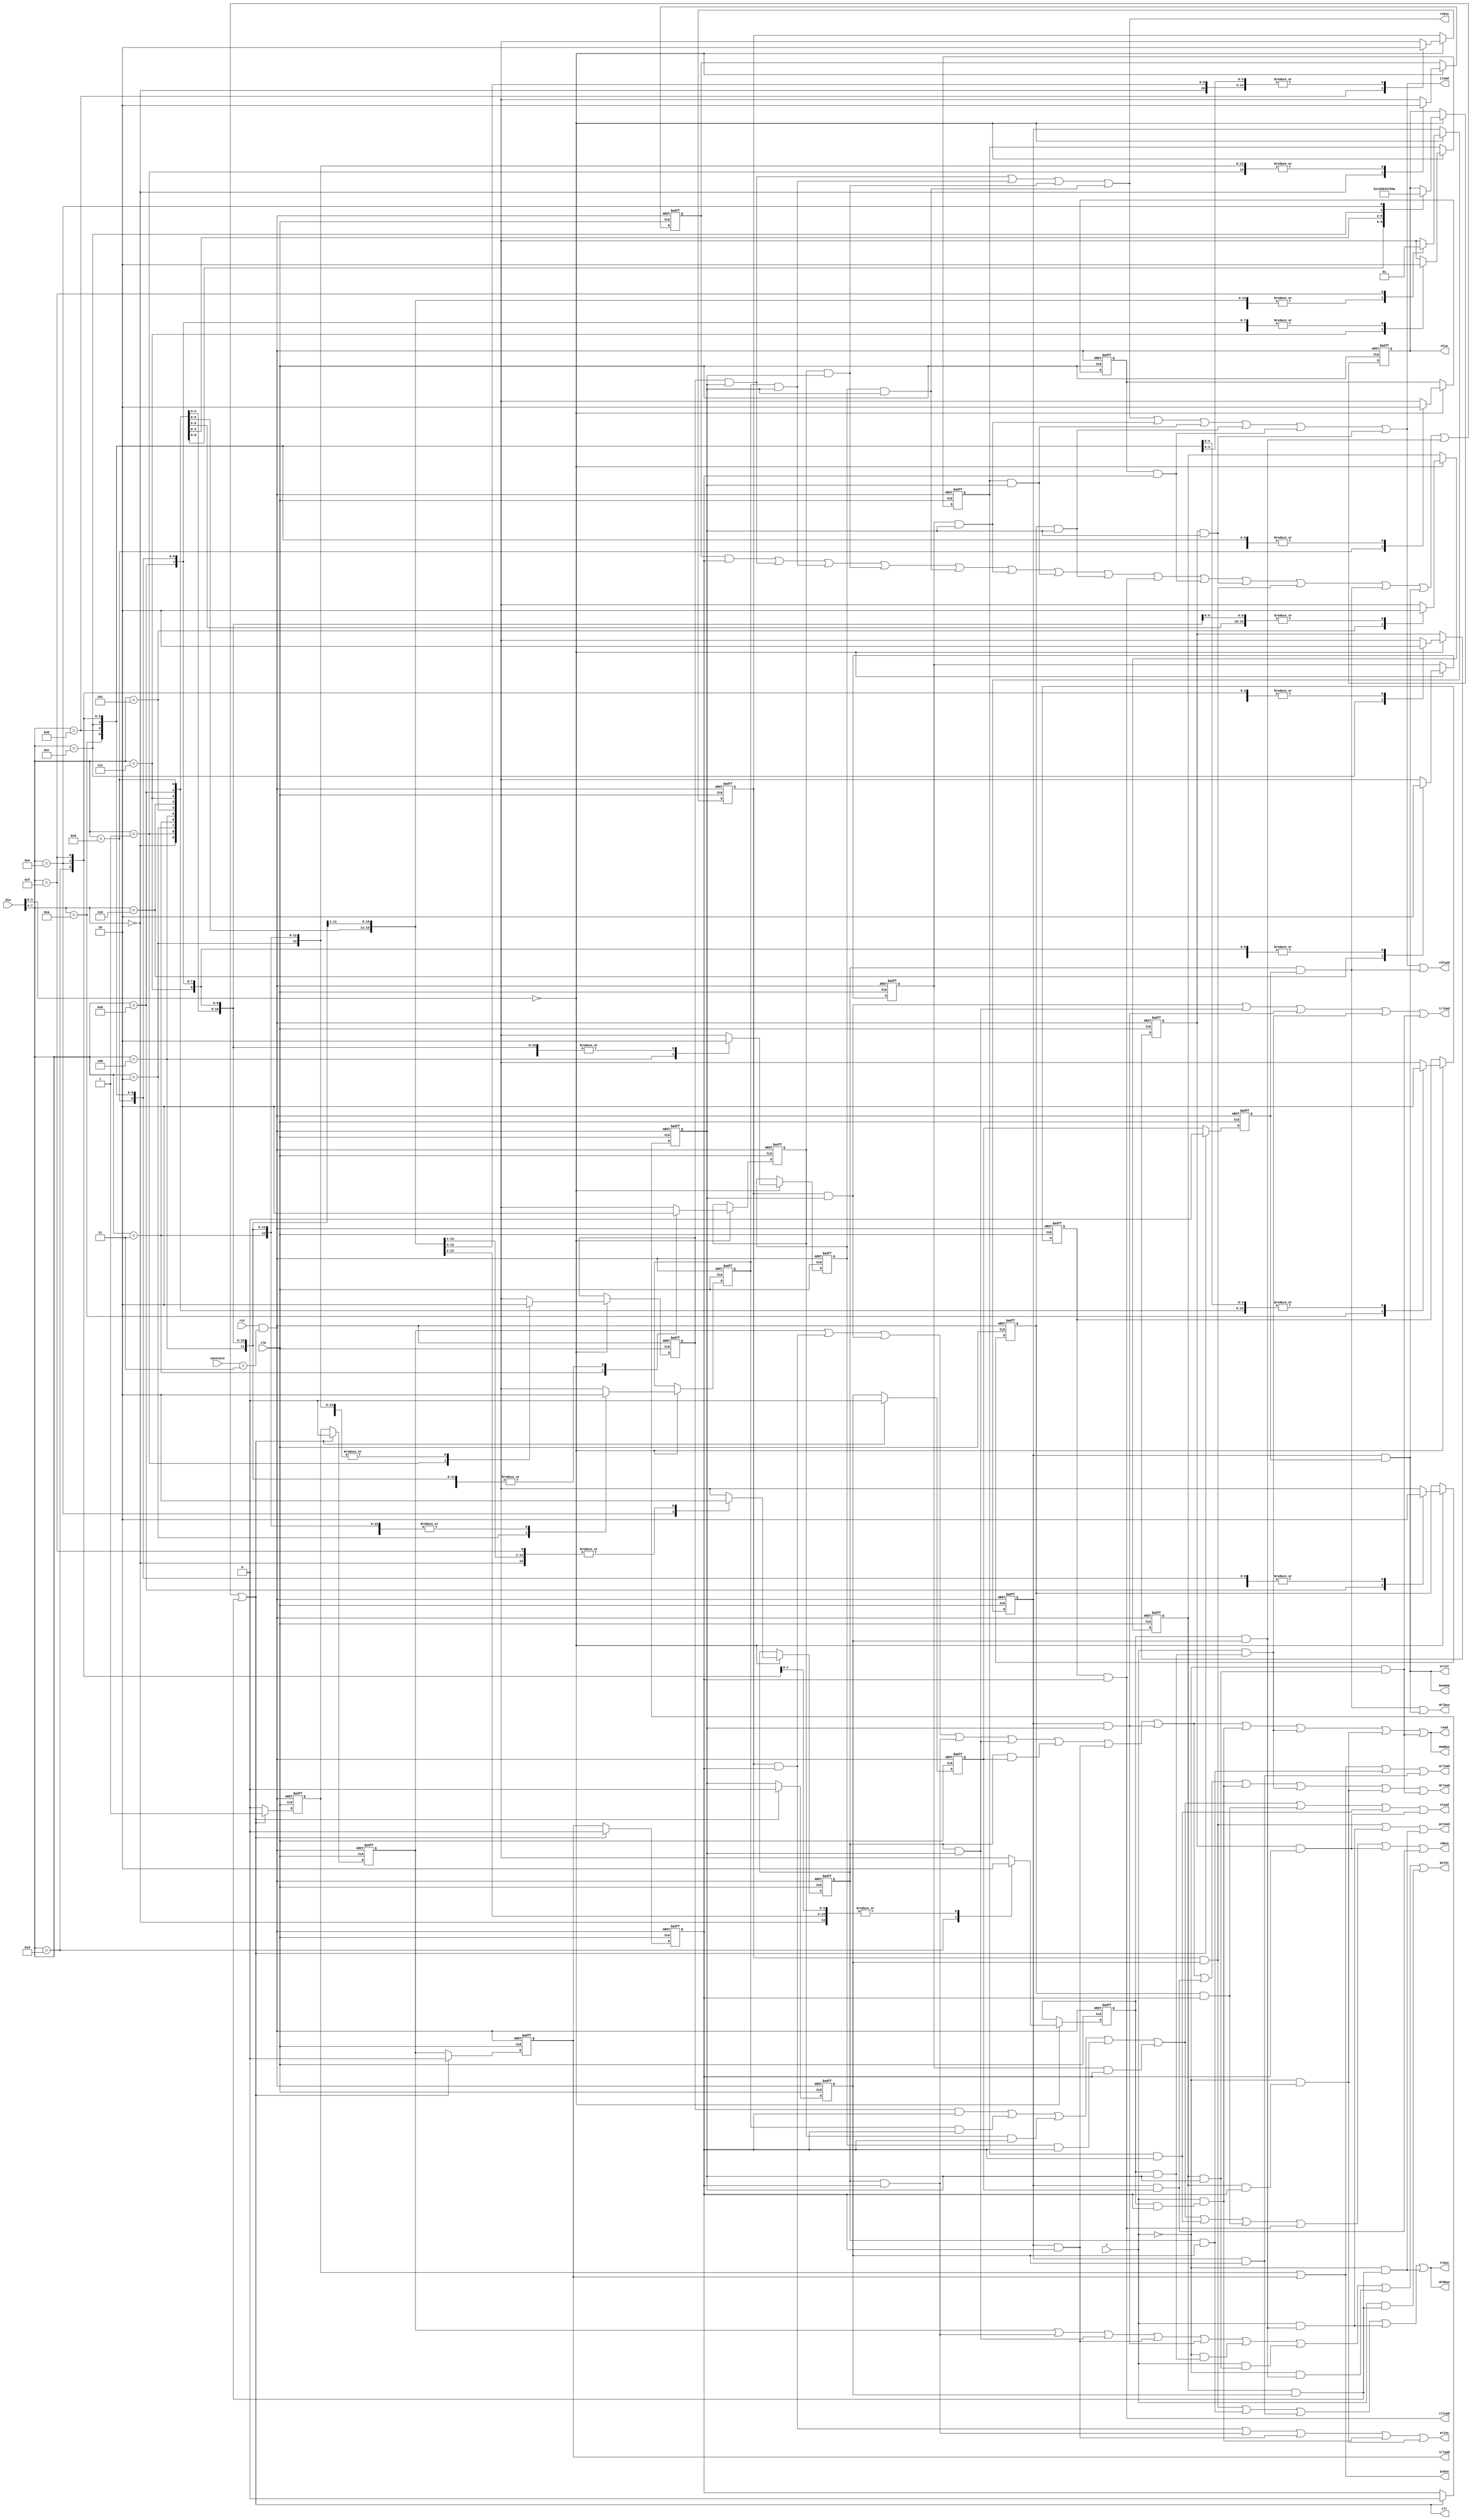
/**/
/*

       din8IR
       clk1
       rst1cpustatereset
       cpustateCPUINCHECKRUN2
       z1z

      clr
     
*/
//zz
module control(din,clk,rst,z,cpustate, 
read, write, arload, arinc, pcinc, pcload, drload, trload, irload, r1load, 
alus, r0load, xload, zload, pcbus, drhbus, drlbus, trbus, r1bus, r0bus, membus, busmem,
clr);
input [7:0]din;
input clk;
input rst,z;
input [1:0] cpustate;

//
output read, write, arload, arinc, pcinc, pcload, drload, trload, irload, r1load, 
r0load, xload, zload, pcbus, drhbus, drlbus, trbus, r1bus, r0bus, membus, busmem;

output clr;
output reg[3:0] alus;
//parameter's define

wire reset;

//
wire fetch1,fetch2,fetch3;
wire nop1;

wire add1, add2;//
wire sub1, sub2;
wire and1, and2;
wire or1, or2;
wire xor1, xor2;


wire inc1, inc2;//
wire dec1, dec2;
wire not1, not2;
wire mvr1;
wire clr1;
wire shl1, shl2;

wire jmp1, jmp2, jmp3;
wire jpz1, jpz2, jpz3;
wire jpnz1, jpnz2, jpnz3;
wire lad1, lad2, lad3, lad4, lad5;
wire sto1, sto2, sto3, sto4, sto5;
//nopinop
//addiaddinaciinac......
reg inop;

reg iadd;
reg isub;
reg iand;
reg ior;

reg iinc;
reg idec;
reg inot;
reg imvr;
reg iclr;
reg ishl;
reg ijmp;
reg ijpz;
reg ijpnz;
reg ilad;
reg isto;

//8t0-t2fetch1-fetch3t3-t75add2t3t4
reg t0,t1,t2,t3,t4,t5,t6,t7; //8cpu

// clrinc
wire clr;
wire inc;
assign reset = rst&(cpustate == 2'b11);
// assign signals for the cunter

//clrclr
assign clr=nop1 || add2 || sub2 || and2 || or2 || inc2 || dec2 || not2 || mvr1 || clr1 || shl2 || jmp3 || lad5 || sto5 || jpz3 || jpnz3;

assign inc=~clr;

//generate the control signal using state information
//-
assign fetch1=t0;
assign fetch2=t1;
assign fetch3=t2;

//
assign nop1=inop&&t3;//inopnopnop1nop1t3

//
assign add1=iadd&&t3;//add
assign add2=iadd&&t4;
assign sub1=isub&&t3;//sub
assign sub2=isub&&t4;
assign and1=iand&&t3;//and
assign and2=iand&&t4;
assign or1=ior&&t3;//or
assign or2=ior&&t4;


assign inc1=iinc&&t3;
assign inc2=iinc&&t4;
assign dec1=idec&&t3;
assign dec2=idec&&t4;
assign not1=inot&&t3;
assign not2=inot&&t4;

assign mvr1=imvr&&t3;
assign clr1=iclr&&t3;

assign shl1=ishl&&t3;
assign shl2=ishl&&t4;

assign jmp1=ijmp&&t3;
assign jmp2=ijmp&&t4;
assign jmp3=ijmp&&t5;
assign jpz1=ijpz&&t3;
assign jpz2=ijpz&&t4;
assign jpz3=ijpz&&t5;
assign jpnz1=ijpnz&&t3;
assign jpnz2=ijpnz&&t4;
assign jpnz3=ijpnz&&t5;


assign lad1=ilad&&t3;
assign lad2=ilad&&t4;
assign lad3=ilad&&t5;
assign lad4=ilad&&t6;
assign lad5=ilad&&t7;

assign sto1=isto&&t3;
assign sto2=isto&&t4;
assign sto3=isto&&t5;
assign sto4=isto&&t6;
assign sto5=isto&&t7;
//pcbus
assign pcbus=fetch1 || fetch3;
assign arload = fetch1 || fetch3 || lad3 || sto3;
assign read = fetch2 || jmp1 || jmp2 || lad1 || lad2 || lad4 || sto1 || sto2 || (z&&jpz1) || (z&&jpz2) || (!z&&jpnz1) || (!z&&jpnz2);
assign membus = fetch2 || jmp1 || jmp2 || lad1 || lad2 || lad4 || sto1 || sto2 || (z&&jpz1) || (z&&jpz2) || (!z&&jpnz1) || (!z&&jpnz2);
assign drload = fetch2 || jmp1 || jmp2 || lad1 || lad2 || lad4 || sto1 ||sto2 || sto4 || (z&&jpz1) || (z&&jpz2) || (!z&&jpnz1) || (!z&&jpnz2);
assign pcinc = fetch2 || lad1 || lad2 || sto1 || sto2 ||(!z&&jpz2) || (z&&jpnz2) || (!z&&jpz3) || (z&&jpnz3); // 
assign irload = fetch3;
assign r0bus = add1 || sub1 || and1 || or1 || inc1 || dec1 || not1 || mvr1 || shl1 || sto4;
assign xload = add1 ||  sub1 || and1 || or1 || inc1 || not1 || dec1 || shl1;
assign r1bus = add2 || sub2 || and2 || or2;
assign r0load = add2 || sub2 || and2 || or2 || inc2 || dec2 ||not2 || clr1 || shl2 || lad5;
assign zload = add2 || sub2 || and2 || or2 || inc2 || dec2 || not2 || clr1 || shl2;
assign r1load = mvr1;
assign arinc = jmp1 || lad1 || sto1 ||(z&&jpz1) || (!z&&jpnz1);
assign write = sto5;
assign pcload=jmp3 || (z&&jpz3) || (!z&&jpnz3);
assign trload=jmp2 || lad2 || sto2 || (z&&jpz2) || (!z&&jpnz2);
assign drhbus=jmp3 || lad3 || sto3 || (z&&jpz3) || (!z&&jpnz3);
assign drlbus=lad5 || sto5;
assign trbus=jmp3 || lad3 || sto3 || (z&&jpz3) || (!z&&jpnz3);
assign busmem=sto5;
//the finite state

always@(posedge clk or negedge reset)
begin
	if(!reset)
		begin//nop
				inop<=0;
				iadd<=0;
				isub<=0;
				iand<=0;
				ior<=0;
				iinc<=0;
				idec<=0;
				inot<=0;
				imvr<=0;
				iclr<=0;
				ishl<=0;
				ijmp<=0;
				ijpz<=0;
				ijpnz<=0;
				ilad<=0;
				isto<=0;
			alus <= 4'bzzzz;
		end
	else 
	begin
	
		//alusxalusxalus
	
		if(din[3:0]==0000)//
		begin
			case(din[7:4])
			4'd0: begin//40nopinop1
				inop<=1;
				iadd<=0;
				isub<=0;
				iand<=0;
				ior<=0;
				iinc<=0;
				idec<=0;
				inot<=0;
				imvr<=0;
				iclr<=0;
				ishl<=0;
				ijmp<=0;
				ijpz<=0;
				ijpnz<=0;
				ilad<=0;
				isto<=0;
				end
			4'd1:  begin
				//40001addiadd10
				//Quartus IIALUalus
				//10nopalus
				inop<=0;
				iadd<=1;
				isub<=0;
				iand<=0;
				ior<=0;
				iinc<=0;
				idec<=0;
				inot<=0;
				imvr<=0;
				iclr<=0;
				ishl<=0;
				ijmp<=0;
				ijpz<=0;
				ijpnz<=0;
				ilad<=0;
				isto<=0;
				alus <= 4'b0001;
				//alus=alus
			
				end
			4'd2:  begin //sub
				inop<=0;
				iadd<=0;
				isub<=1;
				iand<=0;
				ior<=0;
				iinc<=0;
				idec<=0;
				inot<=0;
				imvr<=0;
				iclr<=0;
				ishl<=0;
				ijmp<=0;
				ijpz<=0;
				ijpnz<=0;
				ilad<=0;
				isto<=0;
				alus <= 4'b0010;
				end
			4'd3:  begin //and
				inop<=0;
				iadd<=0;
				isub<=0;
				iand<=1;
				ior<=0;
				iinc<=0;
				idec<=0;
				inot<=0;
				imvr<=0;
				iclr<=0;
				ishl<=0;
				ijmp<=0;
				ijpz<=0;
				ijpnz<=0;
				ilad<=0;
				isto<=0;
				alus <= 4'b0101;
				end
			4'd4:  begin //or
				inop<=0;
				iadd<=0;
				isub<=0;
				iand<=0;
				ior<=1;
				iinc<=0;
				idec<=0;
				inot<=0;
				imvr<=0;
				iclr<=0;
				ishl<=0;
				ijmp<=0;
				ijpnz<=0;
				ijpz<=0;
				ilad<=0;
				isto<=0;
				alus <= 4'b0110;
				end
			4'd5:  begin //jpnz
				inop<=0;
				iadd<=0;
				isub<=0;
				iand<=0;
				ior<=0;
				iinc<=0;
				idec<=0;
				inot<=0;
				imvr<=0;
				iclr<=0;
				ishl<=0;
				ijmp<=0;
				ijpz<=0;
				ijpnz<=1;
				ilad<=0;
				isto<=0;
				end
			4'd6:	begin //inc
				inop<=0;
				iadd<=0;
				isub<=0;
				iand<=0;
				ior<=0;
				iinc<=1;
				idec<=0;
				inot<=0;
				imvr<=0;
				iclr<=0;
				ishl<=0;
				ijmp<=0;
				ijpnz<=0;
				ijpz<=0;
				ilad<=0;
				isto<=0;
				alus<=4'b0011;
				end
			4'd7:	begin //dec
				inop<=0;
				iadd<=0;
				isub<=0;
				iand<=0;
				ior<=0;
				iinc<=0;
				idec<=1;
				inot<=0;
				imvr<=0;
				iclr<=0;
				ishl<=0;
				ijmp<=0;
				ijpz<=0;
				ijpnz<=0;
				ilad<=0;
				isto<=0;
				alus<=4'b0100;
				end
			4'd8:	begin //not
				inop<=0; 
				iadd<=0;
				isub<=0;
				iand<=0;
				ior<=0;
				iinc<=0;
				idec<=0;
				inot<=1;
				imvr<=0;
				iclr<=0;
				ishl<=0;
				ijmp<=0;
				ijpz<=0;
				ijpnz<=0;
				ilad<=0;
				isto<=0;
				alus<=4'b0111;
				end
			4'd9:	begin //clr
				inop<=0;
				iadd<=0;
				isub<=0;
				iand<=0;
				ior<=0;
				iinc<=0;
				idec<=0;
				inot<=0;
				imvr<=0;
				iclr<=1;
				ishl<=0;
				ijmp<=0;
				ijpz<=0;
				ijpnz<=0;
				ilad<=0;
				isto<=0;
				alus<=4'b0000;
				end
			4'd10: begin //mvr
				inop<=0;
				iadd<=0;
				isub<=0;
				iand<=0;
				ior<=0;
				iinc<=0;
				idec<=0;
				inot<=0;
				imvr<=1;
				iclr<=0;
				ishl<=0;
				ijmp<=0;
				ijpz<=0;
				ijpnz<=0;
				ilad<=0;
				isto<=0;
				end
			4'd11: begin //jmp
				inop<=0;
				iadd<=0;
				isub<=0;
				iand<=0;
				ior<=0;
				iinc<=0;
				idec<=0;
				inot<=0;
				imvr<=0;
				iclr<=0;
				ishl<=0;
				ijmp<=1;
				ijpz<=0;
				ijpnz<=0;
				ilad<=0;
				isto<=0;
			end
			4'd12: begin //shl
				inop<=0;
				iadd<=0;
				isub<=0;
				iand<=0;
				ior<=0;
				iinc<=0;
				idec<=0;
				inot<=0;
				imvr<=0;
				iclr<=0;
				ishl<=1;
				ijmp<=0;
				ijpz<=0;
				ijpnz<=0;
				ilad<=0;
				isto<=0;
				alus<=4'b1001;
				end
			4'd13: begin //jpz
				inop<=0;
				iadd<=0;
				isub<=0;
				iand<=0;
				ior<=0;
				iinc<=0;
				idec<=0;
				inot<=0;
				imvr<=0;
				iclr<=0;
				ishl<=0;
				ijmp<=0;
				ijpz<=1;
				ijpnz<=0;
				ilad<=0;
				isto<=0;
			end
			4'd14: begin //lad
				inop<=0;
				iadd<=0;
				isub<=0;
				iand<=0;
				ior<=0;
				iinc<=0;
				idec<=0;
				inot<=0;
				imvr<=0;
				iclr<=0;
				ishl<=0;
				ijmp<=0;
				ijpz<=0;
				ijpnz<=0;
				ilad<=1;
				isto<=0;
				alus<=4'b1010;
				end
			4'd15: begin //sto
				inop<=0;
				iadd<=0;
				isub<=0;
				iand<=0;
				ior<=0;
				iinc<=0;
				idec<=0;
				inot<=0;
				imvr<=0;
				iclr<=0;
				ishl<=0;
				ijmp<=0;
				ijpz<=0;
				ijpnz<=0;
				ilad<=0;
				isto<=1;
				end
				//defuault	?
			endcase
		end
	end
end

/*8t0-t7*/
always @(posedge clk or negedge reset)
begin
	if(!reset) //reset
	begin
		t0<=1;
		t1<=0;
		t2<=0;
		t3<=0;
		t4<=0;
		t5<=0;
		t6<=0;
		t7<=0;
	end
	else
	begin
		if(inc) //~clr,
		begin
			t7<=t6;
			t6<=t5;
			t5<=t4;
			t4<=t3;
			t3<=t2;
			t2<=t1;
			t1<=t0;
			t0<=0;
	end
		else if(clr) //,
		begin
			t0<=1;
			t1<=0;
			t2<=0;
			t3<=0;
			t4<=0;
			t5<=0;
			t6<=0;
			t7<=0;
		end
	end
end
/**/
endmodule